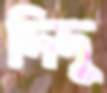
দিদু